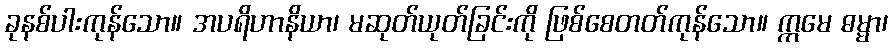
ခုနစ်ပါးကုန်သော။ အပရိဟာနိယာ၊ မဆုတ်ယုတ်ခြင်းကို ဖြစ်စေတတ်ကုန်သော။ ဣမေ ဓမ္မာ၊